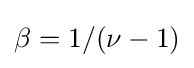
\beta =1/(\nu -1)